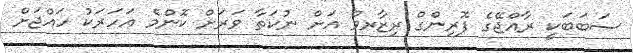
ސަބަބަކީ ރާއްޖޭގެ ފޮރިންގް ރިޒާރވް އަށް ނުކަތާ ވަރަށް ކޮންމެ އަހަރަކު ހައްޖަށް